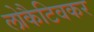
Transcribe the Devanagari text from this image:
लोकैटिवकर